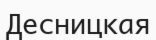
Десницкая